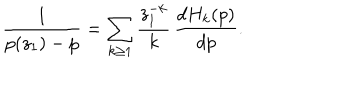
LaTeX: \frac { 1 } { p ( z _ { 1 } ) - p } = \sum _ { k \geq 1 } \frac { z _ { 1 } ^ { - k } } { k } \, \frac { d H _ { k } ( p ) } { d p } .